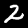
Digit: 2